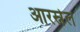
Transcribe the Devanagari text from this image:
आरस्नेल